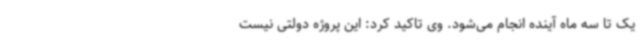
یک تا سه ماه آینده انجام می‌شود. وی تاکید کرد: این پروژه دولتی نیست